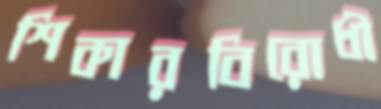
শিকারবিরোধী